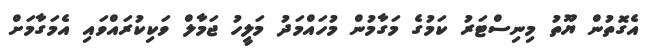
އެގޮތުން ޔޫތު މިނިސްޓަރު ކަމުގެ މަގާމުން މުހައްމަދު މަލީހު ޖަމާލް ވަކިކުރައްވައި އެމަގާމަށް